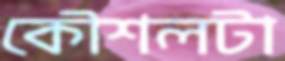
কৌশলটা